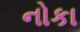
નોકા